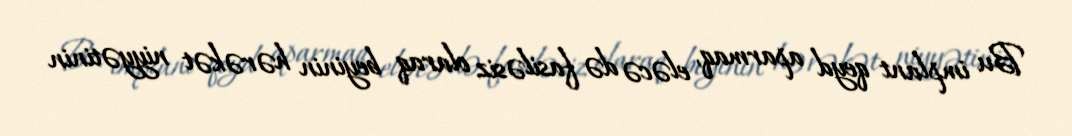
Bu implant qeyd aparmaq, eləcə də fasiləsiz olaraq beyinin hərəkət niyyətinin